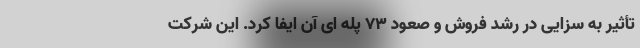
تأثیر به سزایی در رشد فروش و صعود ۷۳ پله ای آن ایفا کرد. این شرکت